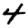
Digit: 4